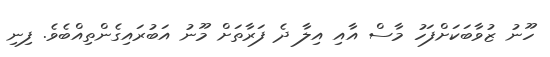
ހޫނު ޒުވާބަކަށްފަހު މާސް އާއި އިލާ ދެ ފަރާތަށް މޫނު އަބުރައިގެންތިއްބެވެ. ފިނި